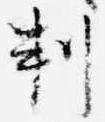
判